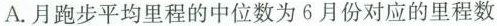
A.月跑步平均里程的中位数为6月份对应的里程数